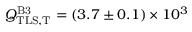
Q _ { \mathrm { T L S , T } } ^ { \mathrm { B 3 } } = ( 3 . 7 \pm 0 . 1 ) \times 1 0 ^ { 3 }